Lyperosia minuta, Bezzi - Number 59
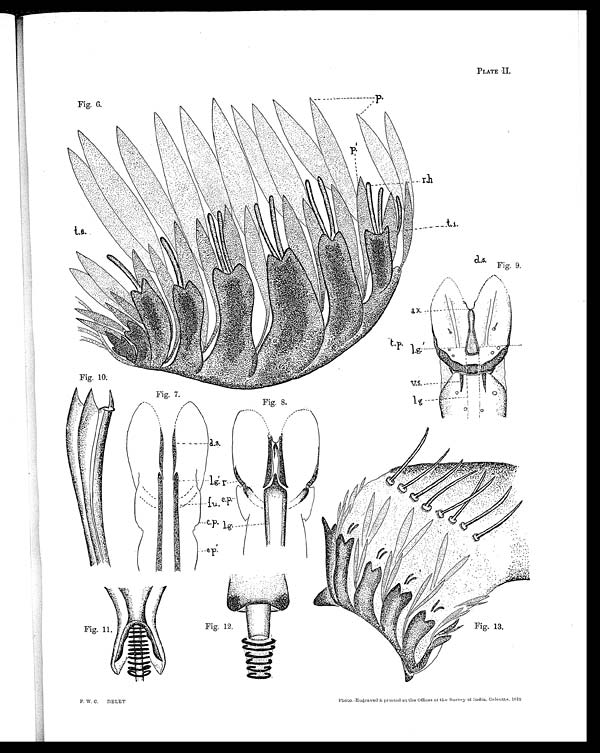
Fig. 11.
Fig. 12.
Fig. 13.
PLATE II.
Fig. 6.
Fig. 9.
Fig. 10:
Fig. 7.
Fig. 8.
F. w. C. DELET
photo.-Engraved :&: printed at the Offices of the Survey of India. Calcutta, 1912